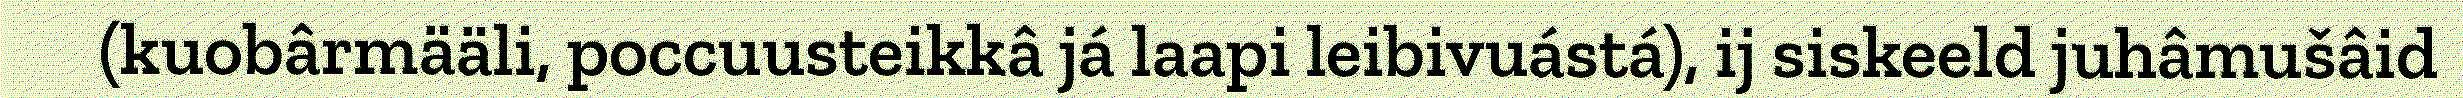
(kuobârmääli, poccuusteikkâ já laapi leibivuástá), ij siskeeld juhâmušâid